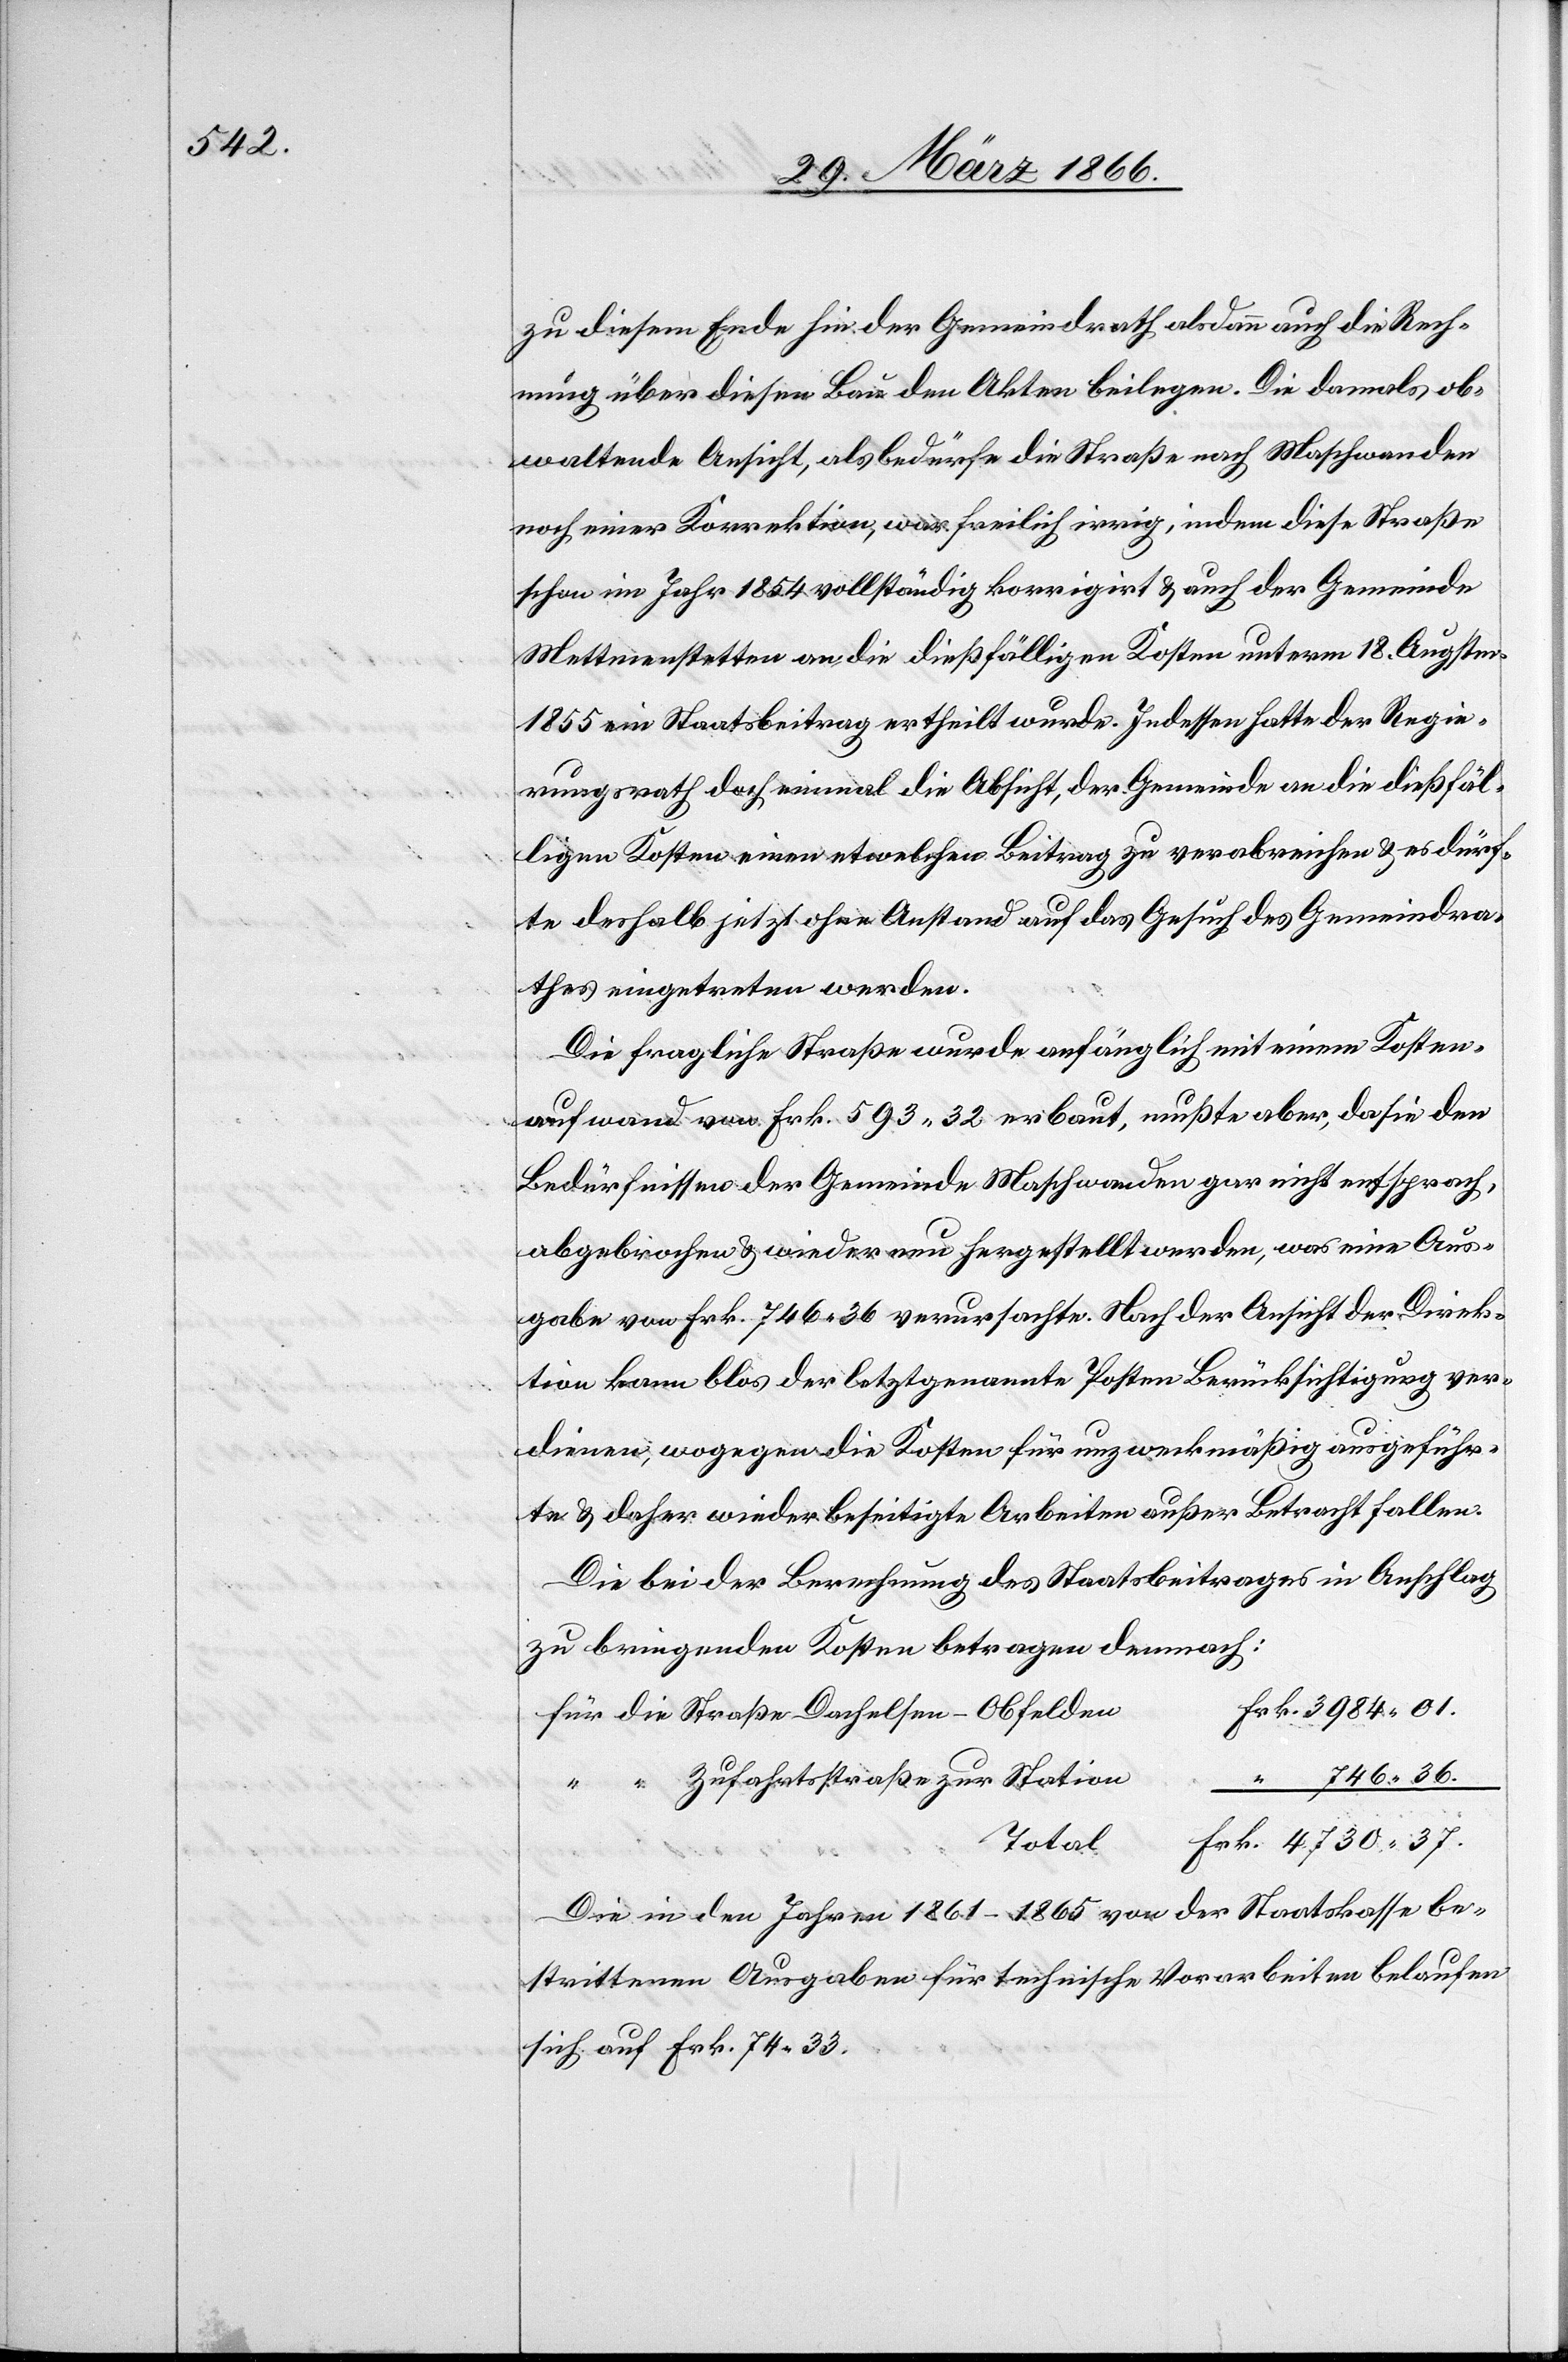
zu diesem Ende hin der Gemeindrath alsdann auch die Rech¬
nung über diesen Bau den Akten beilegen. Die damals ob¬
waltende Ansicht, als bedürfe die Straße nach Maschwanden
noch einer Korrektion, war freilich irrig, indem diese Straße
schon im Jahr 1854 vollständig korrigirt u. auch der Gemeinde
Mettmenstetten an die dießfälligen Kosten unterm 18. Augstm.
1855 ein Staatsbeitrag ertheilt wurde. Indessen hatte der Regie¬
rungsrath doch einmal die Absicht, der Gemeinde an die dießfäl¬
ligen Kosten einen etwelchen Beitrag zu verabreichen u. es dürf¬
te deshalb jetzt ohne Anstand auf das Gesuch des Gemeindra¬
thes eingetreten werden.
Die fragliche Straße wurde anfänglich mit einem Kosten¬
aufwand von Frk. 593.32 erbaut, mußte aber, da sie den
Bedürfnissen der Gemeinde Maschwanden gar nicht entsprach,
abgebrochen u. wieder neu hergestellt werden, was eine Aus¬
gabe von Frk. 746.36 verursachte. Nach der Ansicht der Direk¬
tion kann blos der letztgenannte Posten Berücksichtigung ver¬
dienen, wogegen die Kosten für unzweckmäßig ausgeführ¬
te u. daher wieder beseitigte Arbeiten außer Betracht fallen.
Die bei der Berechnung des Staatsbeitrages in Anschlag
zu bringenden Kosten betragen demnach:
für die Straße Dachseln–Obfelden
“ “ Zufahrtsstraße zur Station
Total
Die in den Jahren 1861–1865 von der Staatskasse be¬
strittenen Ausgaben für technische Vorarbeiten belaufen
sich auf Frk. 74.33.